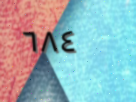
٦٨٤